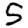
Digit: 5